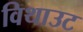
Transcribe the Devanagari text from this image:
विथाउट